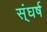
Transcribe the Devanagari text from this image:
स्ंघर्ष